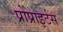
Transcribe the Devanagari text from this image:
प्रोप्राइर्टस